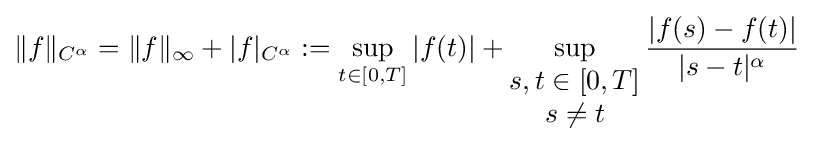
\|f\|_{C^{\alpha }}=\|f\|_{\infty }+|f|_{C^{\alpha }}:=\sup \limits _{t\in [0,T]}|f(t)|+\sup \limits _{\begin{matrix}s,t\in [0,T]\\s\neq t\end{matrix}}{\frac {|f(s)-f(t)|}{|s-t|^{\alpha }}}